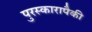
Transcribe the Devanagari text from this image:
पुरस्कारापैकी